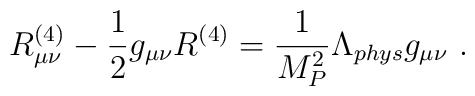
R_{\mu\nu}^{(4)} - \frac{1}{2} g_{\mu\nu} R^{(4)} =      \frac{1}{M_P^2}\Lambda_{phys} g_{\mu\nu}~.